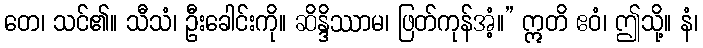
တေ၊ သင်၏။ သီသံ၊ ဦးခေါင်းကို။ ဆိန္ဒိဿာမ၊ ဖြတ်ကုန်အံ့။” ဣတိ ဧဝံ၊ ဤသို့။ နံ၊